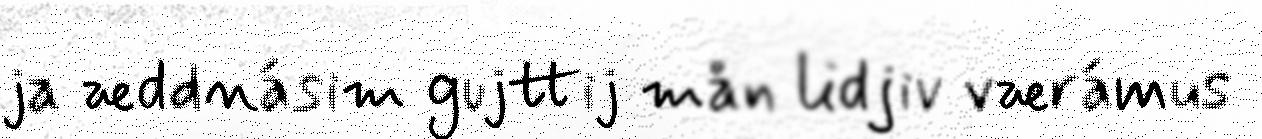
ja æddnásim gujttij mån lidjiv værámus